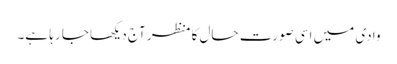
وادی میں اسی صورت حال کا منظر آج دیکھا جا رہا ہے۔